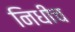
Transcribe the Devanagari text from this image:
निधीच